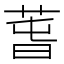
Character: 萅